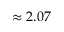
\approx 2 . 0 7